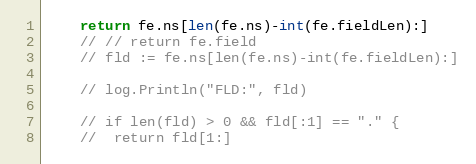
Language: Go
	return fe.ns[len(fe.ns)-int(fe.fieldLen):]
	// // return fe.field
	// fld := fe.ns[len(fe.ns)-int(fe.fieldLen):]

	// log.Println("FLD:", fld)

	// if len(fld) > 0 && fld[:1] == "." {
	// 	return fld[1:]